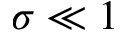
\sigma \ll 1